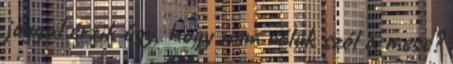
joggal érzik úgy, hogy nem róluk szól a mese?